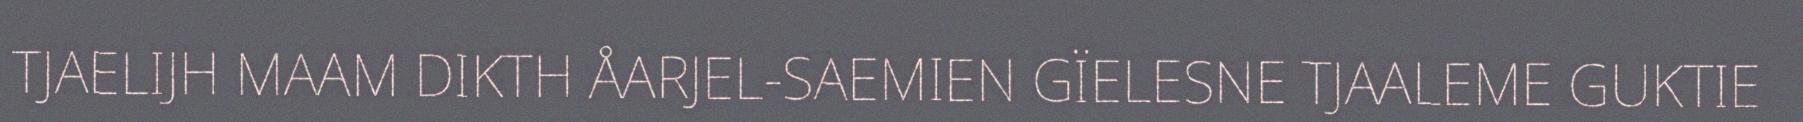
TJAELIJH MAAM DIKTH ÅARJEL-SAEMIEN GÏELESNE TJAALEME GUKTIE